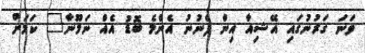
ވަނަ ގަރުނުގައި އޭޝިއާ އިން ފެނުނު އެންމެ ބޮޑު އެއް ނަމޫނާ" ކަމަށް